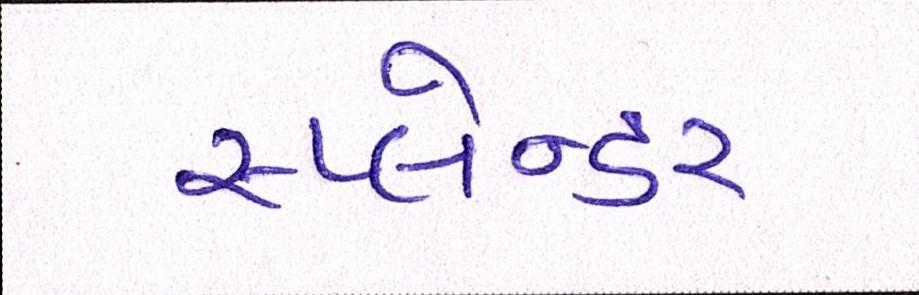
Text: સ્પ્લેન્ડર